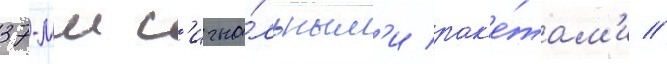
37-мм с'игна́льным'и рак'е́там'и //